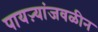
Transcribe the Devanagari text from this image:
पायऱ्यांजवळीन